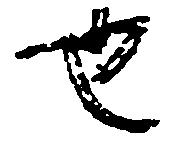
也